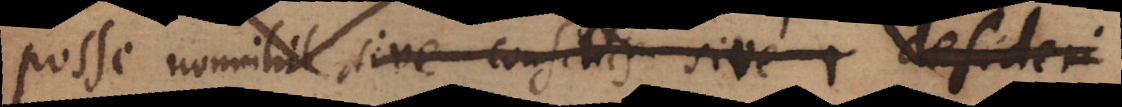
posse nonnibile sive consiliis sive, desideri